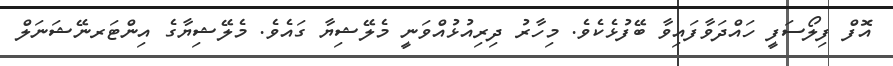
އޮފް ފިލޯސަފީ ހައްދަވާފައިވާ ބޭފުޅެކެވެ. މިހާރު ދިރިއުޅުއްވަނީ މެލޭޝިޔާ ގައެވެ. މެލޭޝިޔާގެ އިންޓަރނޭޝަނަލް